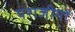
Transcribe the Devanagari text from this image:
पराजीनों